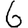
Digit: 6